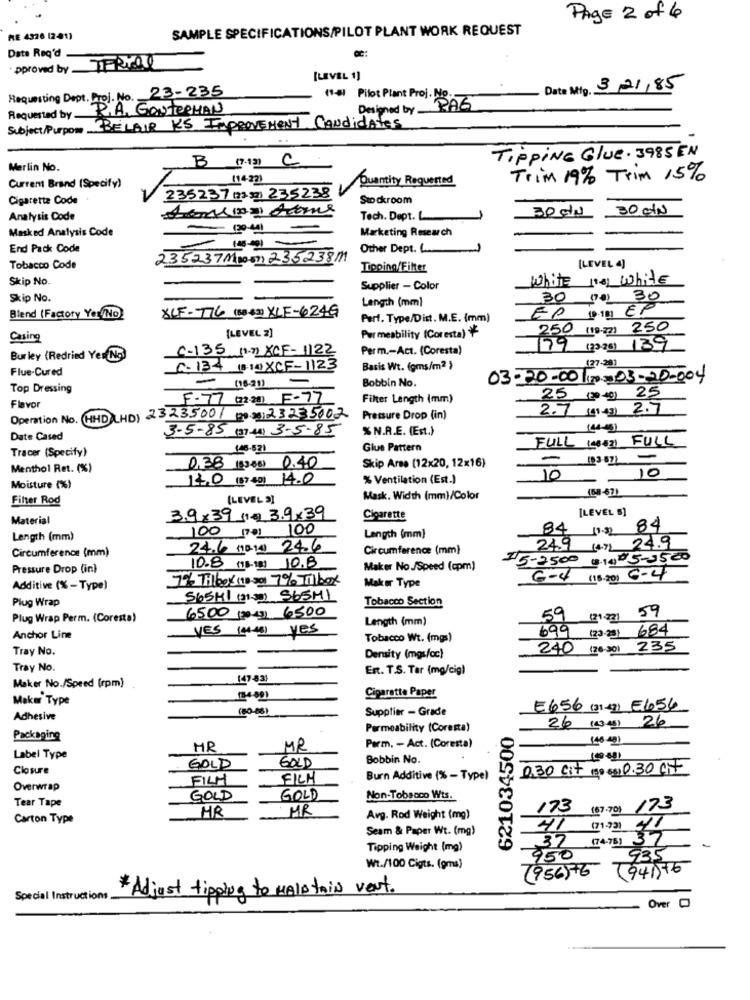
Page 2 of 4
SAMPLE SPECIFICATIONS/PILOT PLANT WORK REQUEST
RE 4326 (2-41)
Date Req'd
. pproved by TERICAL
[LEVEL 1]
Requesting Dept. Proj. No. 23-235
Date Mig. 3/21/85
R.A. GOUTERHAN
(1-0) Pilot Plant Proj. BAG
Designed by
Requested by -
Subject/Purpom BELAIR KS IMPROVEMENT CANdidAtes
B (7.13) C
TippING Glue. 3985 EN
Merlin No.
114371
Quantity Requested
Trim 19% Trim 15%
Current Brand (Specify)
Cigarette Code
235237 135 235238
Stockroom
30 g/
30 MIN
Analysis Code
Tech. Dept.L.
Masked Analysis Code
Marketing Research
End Pack Code
----
Other Dept. L ...
235237Moon2352381
Tobacco Code
Tipping/Filter
[LEVEL 4)
Skip No.
white to white
Supplier - Color
Skip No.
Length (mm]
30 00) 30
XLF-776 (8 43) XLF-6246
EP D·1B1 EP
Blend (Factory Yer(No)
Part. Type/Dist. M.E. (mm)
Permeability (Coresta)
250 (19-22) 250
Casing
[LEVEL 2]
C-135 (1) XCF- 1122
Perm .- Act. (Coresta)
79 (2226) 139
Burley (Redried Yer No.
Flue-Cured
0-134 (8-10XCF-1123
Basis Wt. (gms/m2 )
177-281
-
Bobbin No.
03-20-0010-03-20-004
Top Dressing
Flavor
F.77 (22) F-77
Filter Length (mm)
25 (20 40) 25
2.7 (1 43) 2.7
Operation No.
HHD LHD) 2323500/ (00 3) 23235002
Pressure Drop (in)
3-5-85 (3744) 3-5-85
%N.R.E. (Est.)
(44-45)
Date Cased
FULL (4842] FULL
Tracer (Specify)
146-521
Glue Pattern
Menthol Ret. (%)
0,38 (3-68) 0.40
Skip Arsa (12x20, 12x16)
14.0 (87.4g) 14.0
% Ventilation (Est.)
10.
10
Moisture (%)
Filter Rod
(LEVEL 2]
Mask. Width (mm)/Color
(68-67)
[LEVEL 5]
Material
39x39 (1) 3.9x39
Cigarette
100 1701 100
84
1.32 84
Length (mm)
Length (mm)
Circumference (mm)
24.6 (10.14) 24.6
Circumference (mm)
24.9 (47) 24.9
15-2500
@.10º5-3500
Pressure Drop (in)
10.8 (5-18) 10.18
Maker No./Speed (cpm)
7% Tilbox (10 30) 7% Tilbox
Mak or Type
6-4
(16-20) 6-4
Additive (% -Type)
Plug Wrap
5654/ 12151) 565ML
Tobacco Section
6500 (30-4) 6500
59
59
Plug Wrap Perm. (Coresta)
Length (mm)
27271
YES (4411 yes
699
1 (23-25) 684
Anchor Line
Tobacco Wt. (mgs)
Tray No.
240 (26:30) 235
Density (mgs/cc)
Tray No.
Est. T.S. Tar (mg/cig)
(47-83)
Maker No./Speed (rpm)
Cigarette Paper
Maker Type
(80-86)
Supplier - Grade
E656 (31 ) 5654
Adhesive
26 143-1) 26
Permeability (Coresta)
621034500
Packaging
146-40)
HR
MR
Parm, - Act. (Coresta)
Label Type
Bobbin No.
Closure
GOLD
GOLD
0.30 Cit (20 601 0.30 cit
FILM
FICH
Burn Additive (% - Type)
Overwrap
Tear Tape
GOLD
GOLD
Non-Tobacco Wts.
HR
MR
173 (67. 70) 173
Carton Type
Avg. Rod Weight (mg)
Seam & Paper Wt. (mg)
41 (12) 41
37 (74-78) 37
Tipping Weight (mg)
950
935
Wt./100 Cigts. (gms)
(956)76
(941)+6
Special Instructions
*Adjust tipping to MAINtain vent.
Over O